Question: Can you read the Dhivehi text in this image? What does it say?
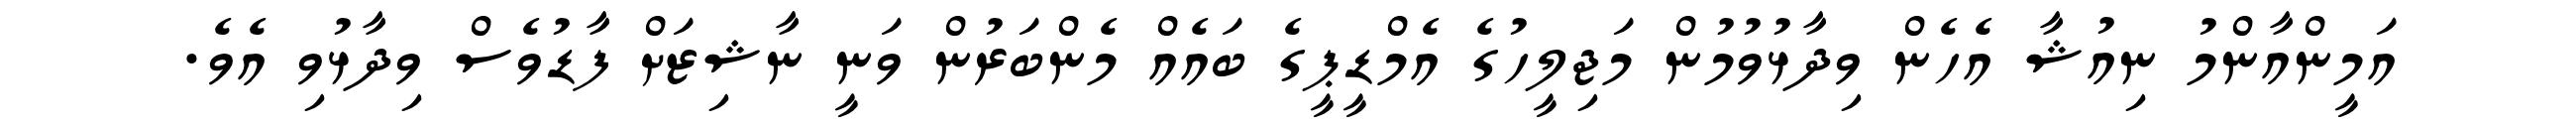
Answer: އަމީންއާންމު ނިއުޝާ އެހެން ވިދާޅުވުމުން މަޖިލީހުގެ އެމްޑީޕީގެ ބައެއް މެންބަރުން ވަނީ ނާޝިޒަށް ފާޑުވެސް ވިދާޅުވި އެވެ.